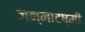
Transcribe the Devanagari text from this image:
जन्माटष्मी